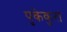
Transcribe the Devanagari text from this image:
पुकेकुरा